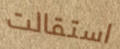
استقالت